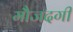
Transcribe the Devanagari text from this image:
मौजदगी